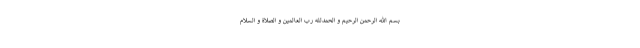
بسم الله الرّحمن الرّحیم و الحمدلله ربّ العالمین و الصّلاة و السّلام